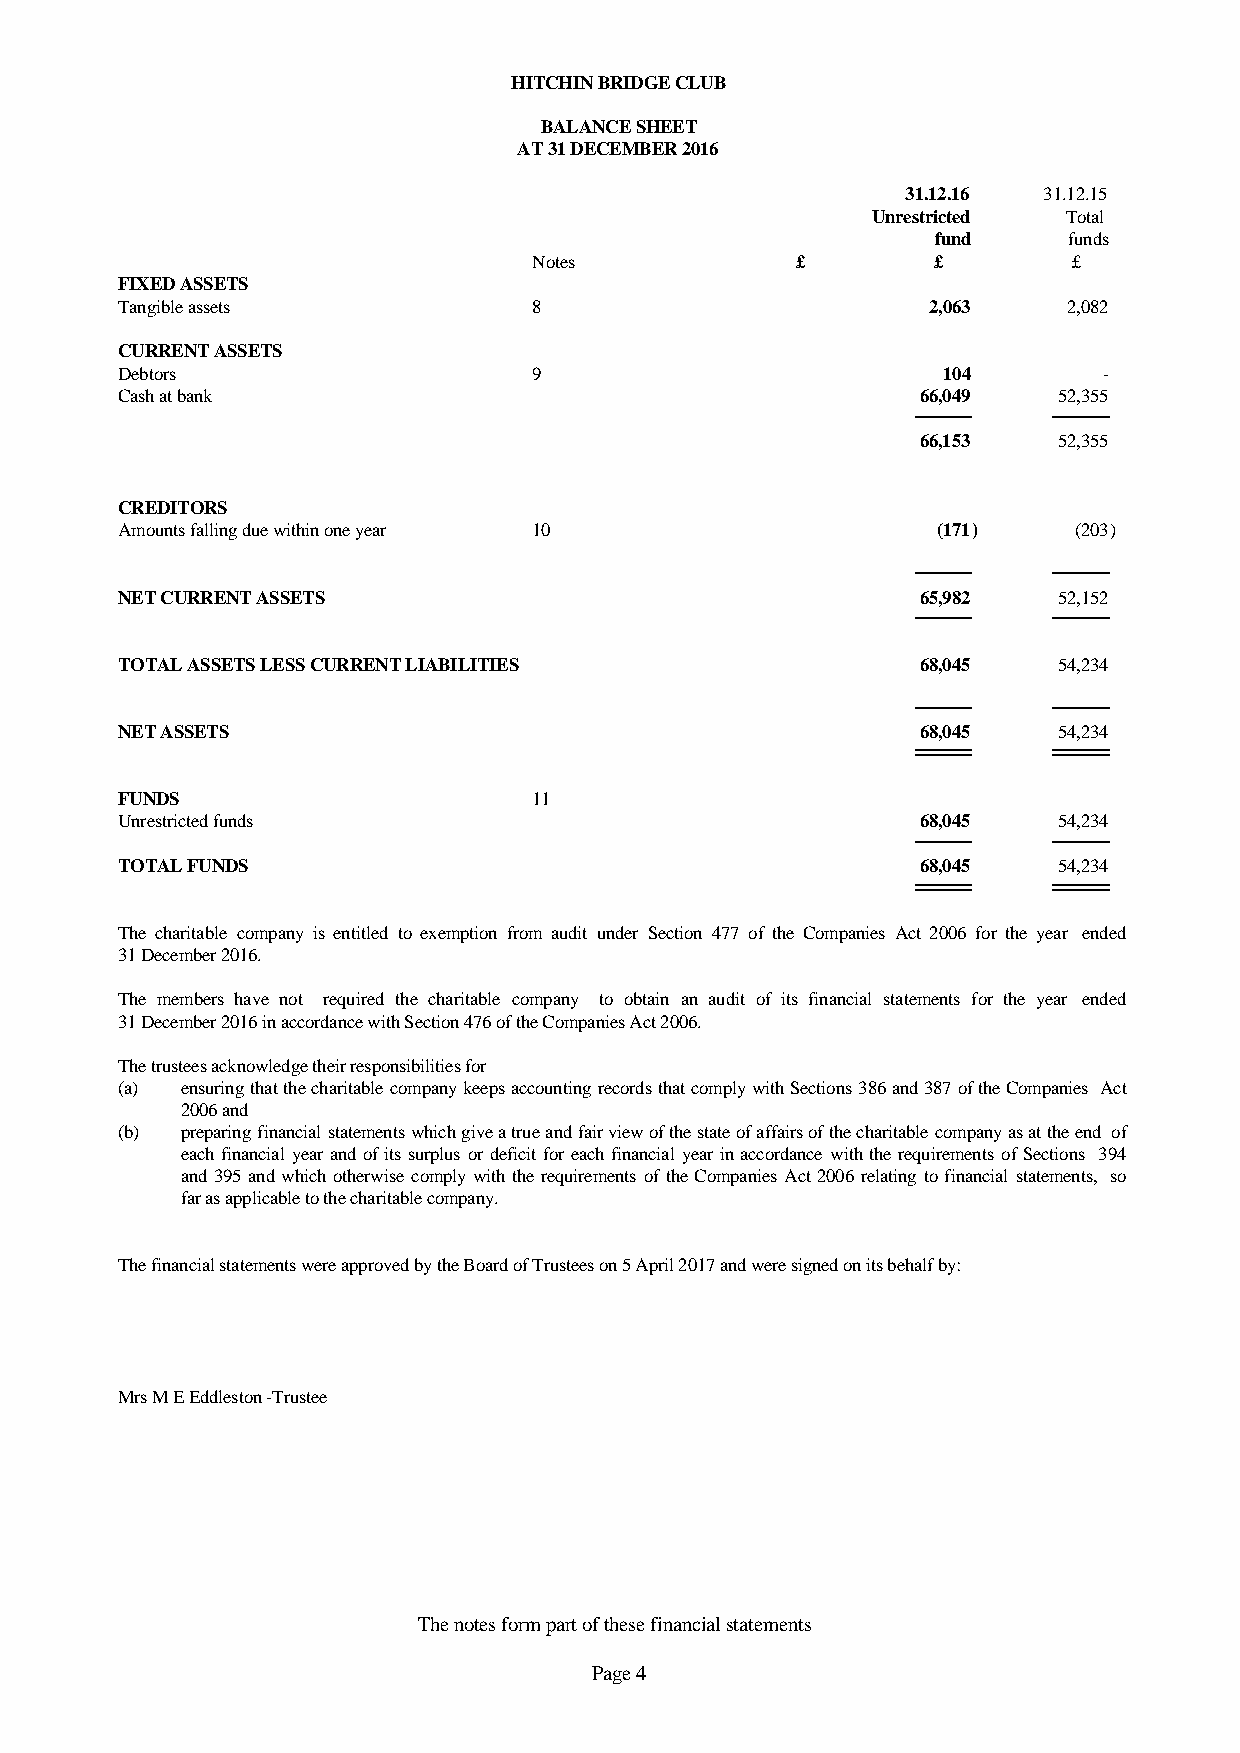
HITCHIN BRIDGE CLUB
 BALANCE SHEET
 AT 31 DECEMBER 2016
 31.12.16 31.12.15
 Unrestricted Total
 fund     funds
 Notes             £        £        £
 FIXED ASSETS
 Tangible assets            8                         2,063     2,082
 CURRENT ASSETS
 Debtors                    9                          104        -
 Cash at bank                                         66,049   52,355
 66,153   52,355
 CREDITORS
 Amounts falling due within one year 10                (171)    (203)
 NET CURRENT ASSETS                                   65,982   52,152
 TOTAL ASSETS LESS CURRENT LIABILITIES                68,045   54,234
 NET ASSETS                                           68,045   54,234
 FUNDS                      11
 Unrestricted funds                                   68,045   54,234
 TOTAL FUNDS                                          68,045   54,234
 The charitable company is entitled to exemption from audit under Section 477 of the Companies Act 2006 for the year ended
 31 December 2016.
 The members have not required the charitable company to obtain an audit of its financial statements for the year ended
 31 December 2016 in accordance with Section 476 of the Companies Act 2006.
 The trustees acknowledge their responsibilities for
 (a) ensuringthatthecharitablecompanykeepsaccountingrecordsthatcomplywithSections386and387oftheCompanies Act
 2006 and
 (b) preparingfinancialstatementswhichgiveatrueandfairviewofthestateofaffairsofthecharitablecompanyasattheend of
 eachfinancialyearandofitssurplusordeficitforeachfinancialyearinaccordancewiththerequirementsofSections 394
 and395andwhichotherwisecomplywiththerequirementsoftheCompaniesAct2006 relatingtofinancialstatements, so
 far as applicable to the charitable company.
 The financial statements were approved by the Board of Trustees on 5 April 2017 and were signed on its behalf by:
 Mrs M E Eddleston -Trustee
 The notes form part of these financial statements
 Page 4